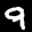
Label: 9